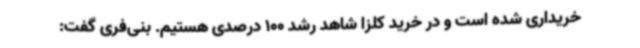
خریداری شده است و در خرید کلزا شاهد رشد 100 درصدی هستیم. بنی‌فری گفت: